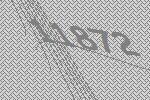
11872